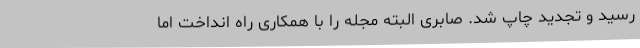
رسید و تجدید چاپ شد. صابری البته مجله را با همکاری راه انداخت اما